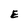
Character: E